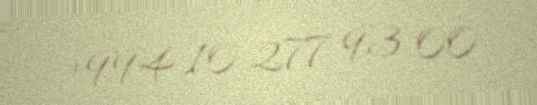
+994 10 277 93 00